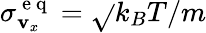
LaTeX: \sigma_{\mathbf{v}_{x}}^{\mathrm{{~e~q~}}}=\sqrt{}{{k_{B}T/m}}